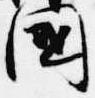
国